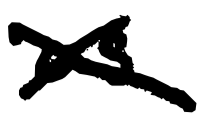
Text: as
Cross-out: cross
Writing tool: digital_black